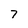
Character: 7